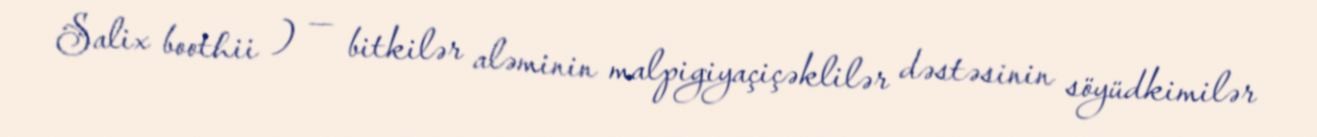
Salix boothii ) — bitkilər aləminin malpigiyaçiçəklilər dəstəsinin söyüdkimilər